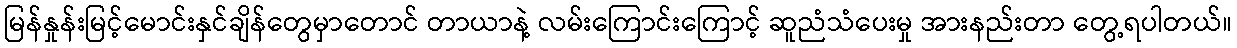
မြန်နှုန်းမြင့်မောင်းနှင်ချိန်တွေမှာတောင် တာယာနဲ့ လမ်းကြောင်းကြောင့် ဆူညံသံပေးမှု အားနည်းတာ တွေ့ရပါတယ်။